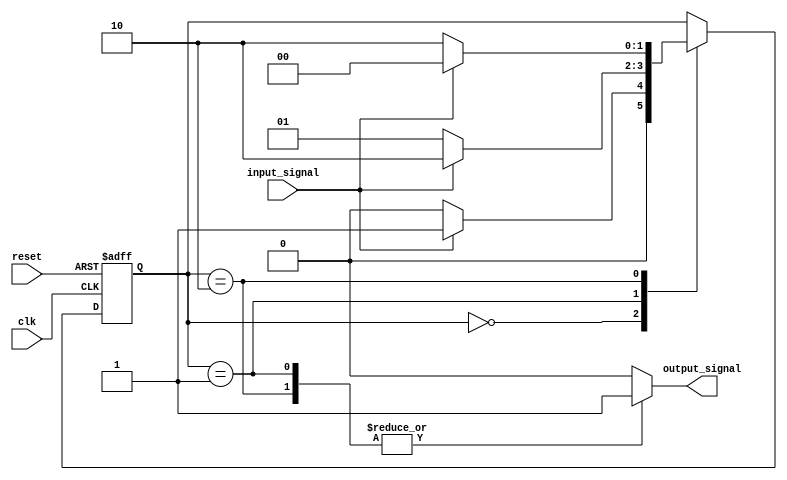
module fsm (
    input wire clk,
    input wire reset,
    input wire input_signal,
    output reg output_signal
);

// Define states of the FSM
parameter S0 = 2'b00;
parameter S1 = 2'b01;
parameter S2 = 2'b10;

// Define state register
reg [1:0] state;
reg [1:0] next_state;

// Define outputs for each state
always @*
begin
    case(state)
        S0: output_signal = 1'b0;
        S1: output_signal = 1'b1;
        S2: output_signal = 1'b1;
        default: output_signal = 1'b0;
    endcase
end

// Define transitions between states based on inputs
always @*
begin
    next_state = state;
    case(state)
        S0: next_state = input_signal ? S1 : S0;
        S1: next_state = input_signal ? S2 : S1;
        S2: next_state = input_signal ? S0 : S2;
    endcase
end

// Sequential logic for state transitions
always @(posedge clk or posedge reset)
begin
    if (reset)
        state <= S0;
    else
        state <= next_state;
end

endmodule